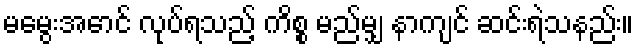
မမွေးအောင် လုပ်ရသည့် ကိစ္စ မည်မျှ နာကျင် ဆင်းရဲသနည်း။